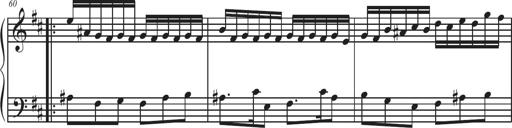
Title: Sonatina Espania
Composer: Jerald Franklin Archer
Key: Various